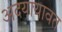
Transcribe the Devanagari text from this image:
अदयायावत